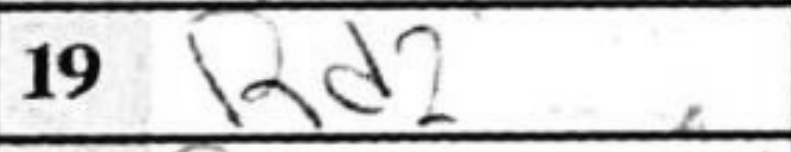
Transcription: Rd2